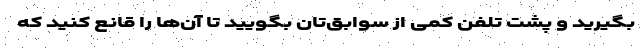
بگیرید و پشت تلفن کمی از سوابق‌تان بگویید تا آن‌ها را قانع کنید که